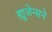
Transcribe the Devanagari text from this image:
ह्युजेन्सने